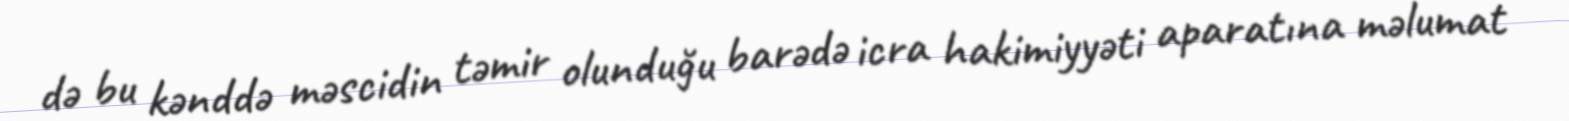
də bu kənddə məscidin təmir olunduğu barədə icra hakimiyyəti aparatına məlumat